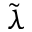
\tilde { \lambda }